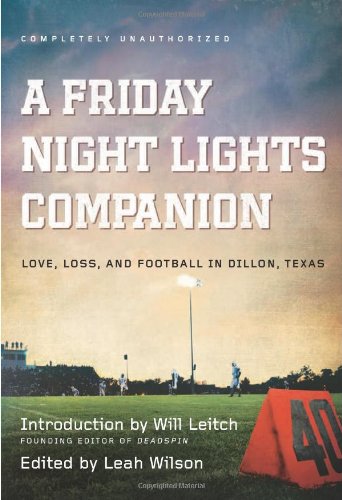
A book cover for A Friday Night Lights Companion: Love, Loss, and Football in Dillon, Texas; Humor & Entertainment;